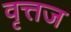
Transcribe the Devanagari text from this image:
वृत्तज